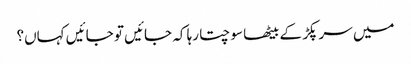
میں سر پکڑ کے بیٹھا سوچتا رہا کہ جائیں تو جائیں کہاں؟